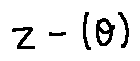
z - ( \theta )